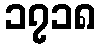
၁၇၁၈